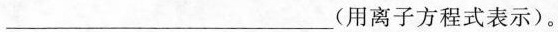
__________________(用离子方程式表示)。